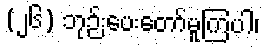
(၂၆) ဘုဉ်းပေးတော်မူကြပါ၊